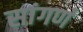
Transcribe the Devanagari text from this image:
सांगणं